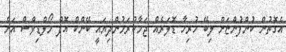
އެގޮތުން ކުންފުންޏަށް ލިބޭ ހުރިހާ ޑޮލަރެއް ޖަމާކުރަމުންދިޔައީ ބޭންކް އޮފް މޯލްޑިވްސް އަށް